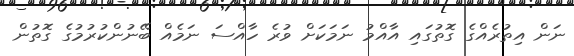
ނަން އިތުރެއްގެ ގޮތުގައި އާއްމު ނަމަކަށް ވުރެ ހާއްސަ ނަމެއް ބޭނުންކުރުމުގެ ގޮތުން